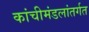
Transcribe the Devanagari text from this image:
कांचीमंडलांतर्गत